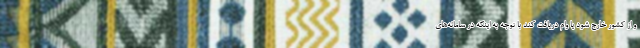
و از کشور خارج شود یا وام دریافت کند با توجه به اینکه در سامانه‌های